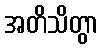
အတိသိတွာ